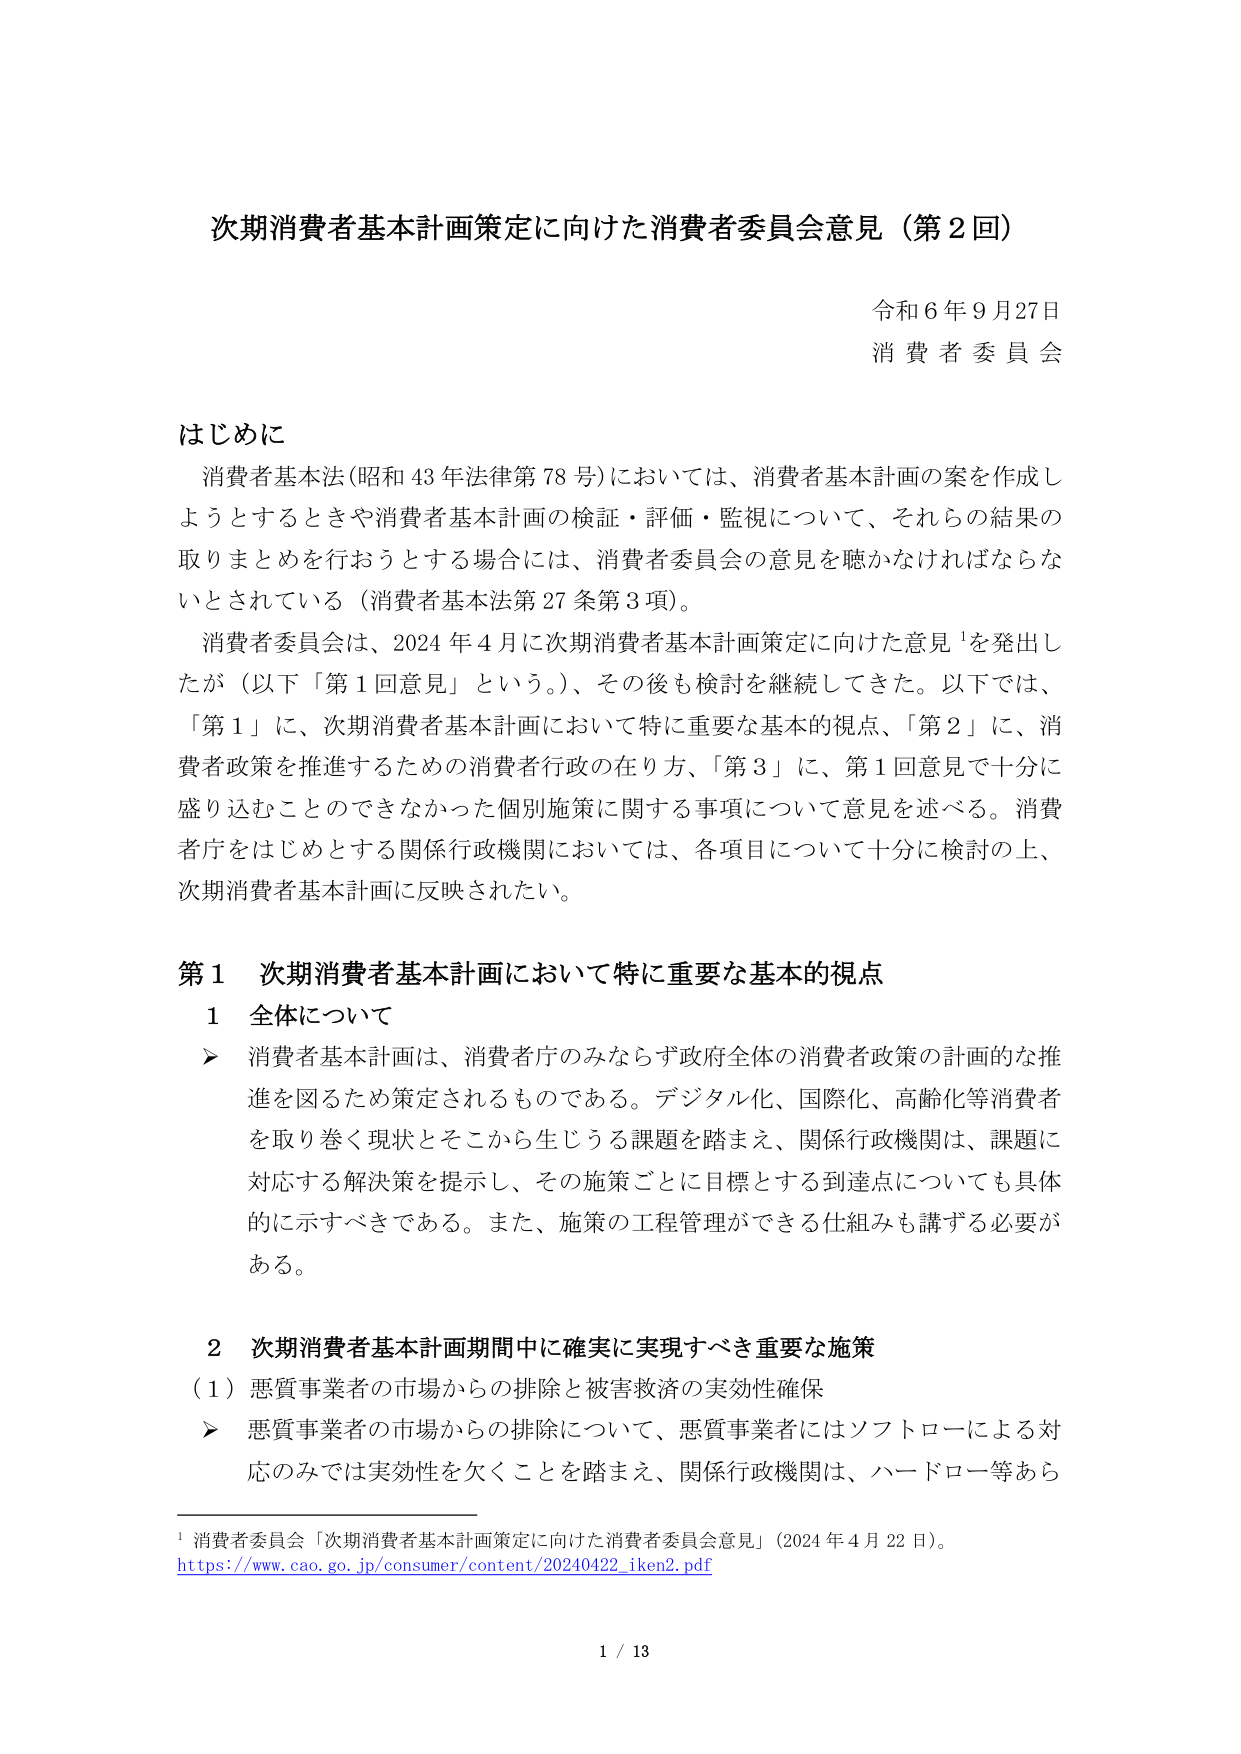
次期消費者基本計画策定に向けた消費者委員会意見（第2回）

令和6年9月27日
消費者委員会

はじめに
消費者基本法（昭和43年法律第78号）においては、消費者基本計画の案を作成しようとするときや消費者基本計画の検証・評価・監視について、それらの結果の取りまとめを行おうとする場合には、消費者委員会の意見を聴かなければならないとされている（消費者基本法第27条第3項）。
消費者委員会は、2024年4月に次期消費者基本計画策定に向けた意見¹を発出したが（以下「第1回意見」という。）、その後も検討を継続してきた。以下では、「第1」に、次期消費者基本計画において特に重要な基本的視点、「第2」に、消費者政策を推進するための消費者行政の在り方、「第3」に、第1回意見で十分に盛り込むことのできなかった個別施策に関する事項について意見を述べる。消費者庁をはじめとする関係行政機関においては、各項目について十分に検討の上、次期消費者基本計画に反映されたい。

第1 次期消費者基本計画において特に重要な基本的視点
1 全体について
➤ 消費者基本計画は、消費者庁のみならず政府全体の消費者政策の計画的な推進を図るため策定されるものである。デジタル化、国際化、高齢化等消費者を取り巻く現状とそこから生じうる課題を踏まえ、関係行政機関は、課題に対応する解決策を提示し、その施策ごとに目標とする到達点についても具体的に示すべきである。また、施策の工程管理ができる仕組みも講ずる必要がある。

2 次期消費者基本計画期間中に確実に実現すべき重要な施策
（1）悪質事業者の市場からの排除と被害救済の実効性確保
➤ 悪質事業者の市場からの排除について、悪質事業者にはソフトローによる対応のみでは実効性を欠くことを踏まえ、関係行政機関は、ハードロー等あら

¹ 消費者委員会「次期消費者基本計画策定に向けた消費者委員会意見」（2024年4月22日）。
https://www.cao.go.jp/consumer/content/20240422_iken2.pdf

1 / 13